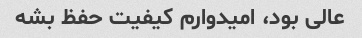
عالی بود، امیدوارم کیفیت حفظ بشه